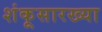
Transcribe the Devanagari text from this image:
शंकूसारख्या